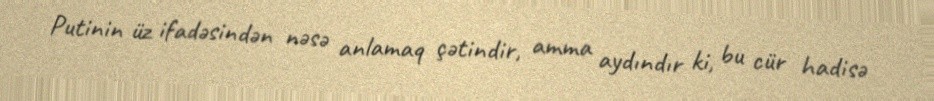
Putinin üz ifadəsindən nəsə anlamaq çətindir, amma aydındır ki, bu cür hadisə